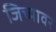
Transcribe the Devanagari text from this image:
जिच्यावर